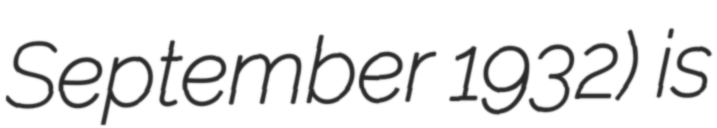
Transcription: September 1932) is